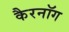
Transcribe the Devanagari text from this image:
कैरनॉग